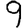
Digit: 9